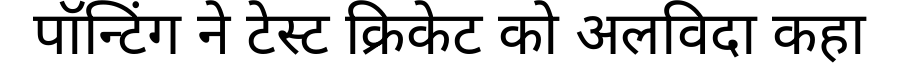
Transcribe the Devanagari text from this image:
पॉन्टिंग ने टेस्ट क्रिकेट को अलविदा कहा